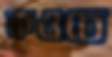
কওচে